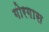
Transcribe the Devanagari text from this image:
गोरगास